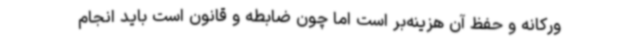
ورکانه و حفظ آن هزینه‌بر است اما چون ضابطه و قانون است باید انجام